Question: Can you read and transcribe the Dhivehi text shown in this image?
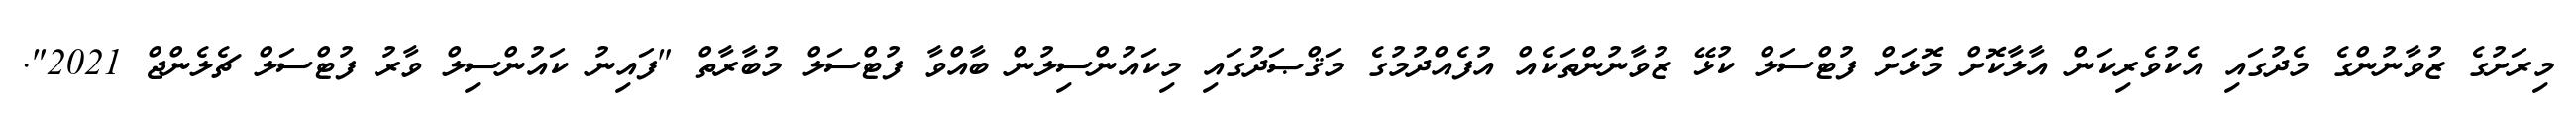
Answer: މިރަށުގެ ޒުވާނުންގެ މެދުގައި އެކުވެރިކަން އާލާކޮށް މޮޅަށް ފުޓްސަލް ކުޅޭ ޒުވާނުންތަކެއް އުފެއްދުމުގެ މަޤްޞަދުގައި މިކައުންސިލުން ބާއްވާ ފުޓްސަލް މުބާރާތް "ފައިނު ކައުންސިލް ވާރު ފުޓްސަލް ޗެލެންޖް 2021".